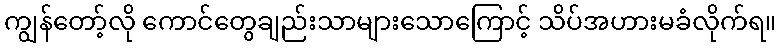
ကျွန်တော့်လို ကောင်တွေချည်းသာများသောကြောင့် သိပ်အဟားမခံလိုက်ရ။